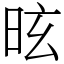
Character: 昡